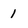
Character: 1